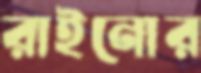
রাইনোর